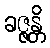
ခဇ္ဇန္တိ